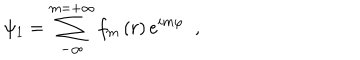
\psi _ { 1 } = \sum _ { - \infty } ^ { m = + \infty } f _ { m } \, ( r ) \, e ^ { i m \varphi } \; \; ,